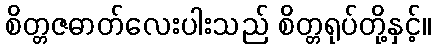
စိတ္တဇဓာတ်လေးပါးသည် စိတ္တရုပ်တို့နှင့်။